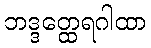
ဘဒ္ဒတ္ထေရဂါထာ